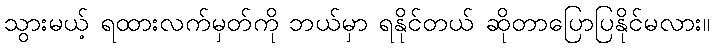
သွားမယ့် ရထားလက်မှတ်ကို ဘယ်မှာ ရနိုင်တယ် ဆိုတာပြောပြနိုင်မလား။